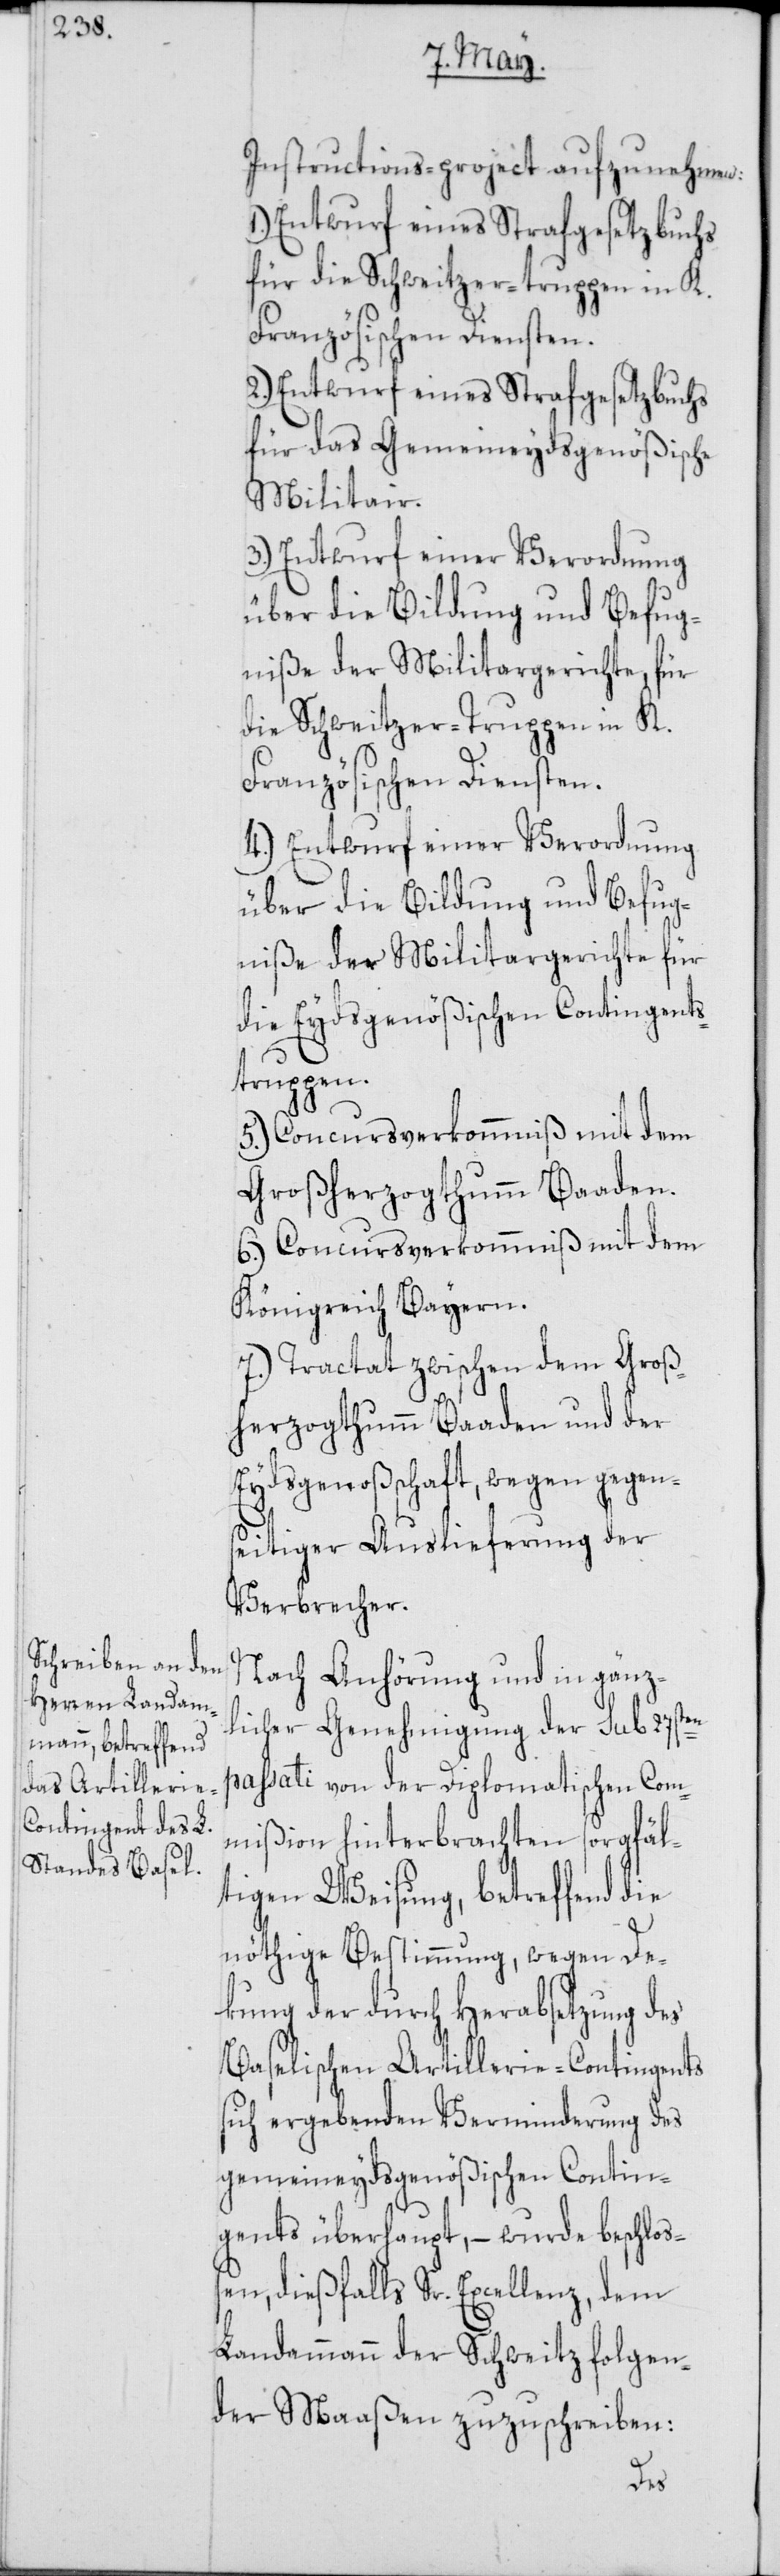
Instructions-project aufzunehmen:
1.) Entwurf eines Strafgesetzbuchs
für die Schweitzer-truppen in K.
Französischen Diensten.
2.) Entwurf eines Strafgesetzbuchs
für das Gemeineydsgenößische
Militair.
3.) Entwurf einer Verordnung
über die Bildung und Befug¬
niße der Militargerichte, für
die Schweitzer-Truppen in K.
Französischen Diensten.
4.) Entwurf einer Verordnung
über die Bildung und Befug¬
niße der Militargerichte für
die Eydsgenößischen Contingents¬
truppen.
5.) Concursverkommnis mit dem
Großherzogthumm Baaden.
6.) Concursverkommnis mit dem
Königreich Bayern.
7.) Tractat zwischen dem Groß¬
herzogthumm Baaden und der
Eydsgenoßenschaft, wegen gegen¬
seitiger Auslieferung der
Verbrecher.
Nach Anhörung und in gänz¬
en
licher Genehmigung der sub 27st¬
passati von der Diplomatischen Com¬
mißion hinterbrachten sorgfäl¬
tigen Weisung, betreffend die
nöthige Bestimmung, wegen De¬
kung der durch Herabsetzung des
Baselischen Artillerie-Contingents
sich ergebenden Verminderung des
gemeineydsgenößischen Contin¬
gents überhaupt, – wurde beschloß¬
en, dießfalls Sr. Excellenz, dem
Landammann der Schweitz folgen¬
der Maaßen zuzuschreiben: